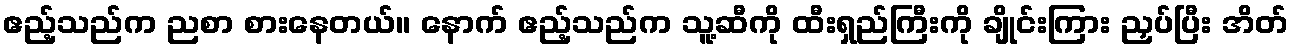
ဧည့်သည်က ညစာ စားနေတယ်။ နောက် ဧည့်သည်က သူ့ဆီကို ထီးရှည်ကြီးကို ချိုင်းကြား ညှပ်ပြီး အိတ်